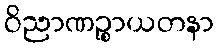
ဝိညာဏဉ္စာယတနာ